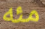
مئه